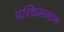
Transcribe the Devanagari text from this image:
पश्‍चिमभाग